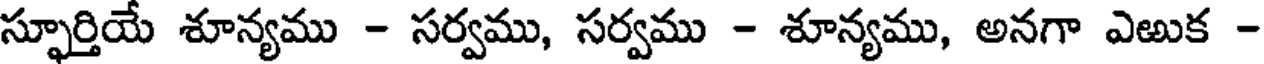
స్ఫూర్తియే శూన్యము - సర్వము, సర్వము - శూన్యము, అనగా ఎఱుక -